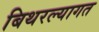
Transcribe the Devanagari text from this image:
बिथरल्यागत